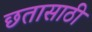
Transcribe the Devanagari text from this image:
छतासाठी